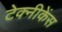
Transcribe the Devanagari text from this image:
टेक्नीकेंस